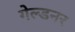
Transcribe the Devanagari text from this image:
गेल्डनर